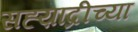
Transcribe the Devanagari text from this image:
सह्य़ाद्रीच्या